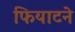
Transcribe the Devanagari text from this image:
फियाटने